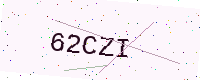
Text: 62CZI